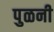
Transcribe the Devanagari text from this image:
पुळनी